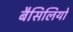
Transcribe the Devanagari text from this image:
बैसिलियो